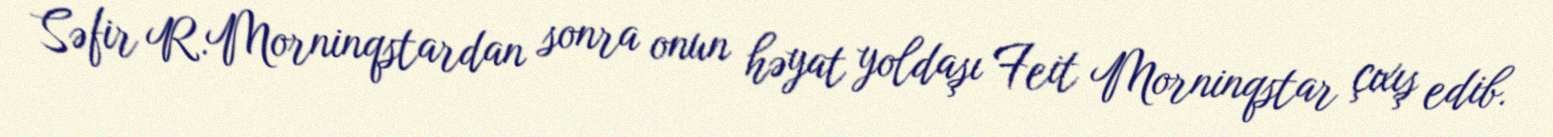
Səfir R.Morninqstardan sonra onun həyat yoldaşı Feit Morninqstar çıxış edib.